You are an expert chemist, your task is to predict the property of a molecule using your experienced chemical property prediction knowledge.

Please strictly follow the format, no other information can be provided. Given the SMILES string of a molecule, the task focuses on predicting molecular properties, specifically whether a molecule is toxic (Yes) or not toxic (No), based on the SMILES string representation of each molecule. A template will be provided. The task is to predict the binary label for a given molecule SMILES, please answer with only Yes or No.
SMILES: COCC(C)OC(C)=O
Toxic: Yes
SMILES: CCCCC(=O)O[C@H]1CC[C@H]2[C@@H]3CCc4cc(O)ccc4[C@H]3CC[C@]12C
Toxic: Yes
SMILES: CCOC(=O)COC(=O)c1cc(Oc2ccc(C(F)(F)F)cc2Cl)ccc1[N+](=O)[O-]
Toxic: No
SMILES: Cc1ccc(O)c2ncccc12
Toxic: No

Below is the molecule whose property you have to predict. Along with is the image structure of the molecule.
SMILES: Cc1cc2c3c(c1)C(c1ccccc1)=N[C@@H](NC(=O)c1ccncc1)C(=O)N3CC2
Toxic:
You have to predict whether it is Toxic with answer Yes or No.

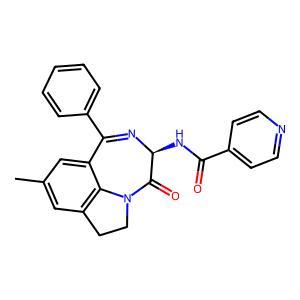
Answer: No